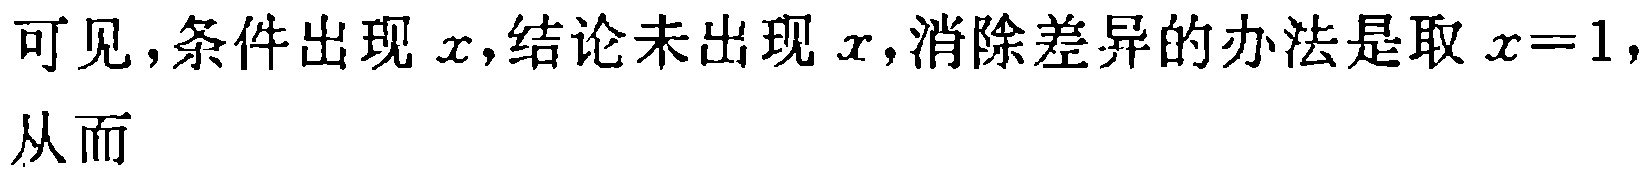
可见，条件出现 \(x\)，结论未出现 \(x\)，消除差异的办法是取 \(x = 1\)，从而